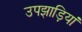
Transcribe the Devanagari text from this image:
उपझाड़ियां